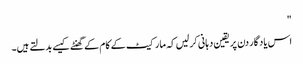
"
اس یاد گار دن پر یقین دہانی کر لیں کہ مارکیٹ کے کام کے گھنٹے کیسے بدلتے ہیں۔